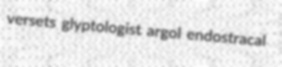
versets glyptologist argol endostracal